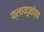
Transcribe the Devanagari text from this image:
फ्लायदुबईच्या